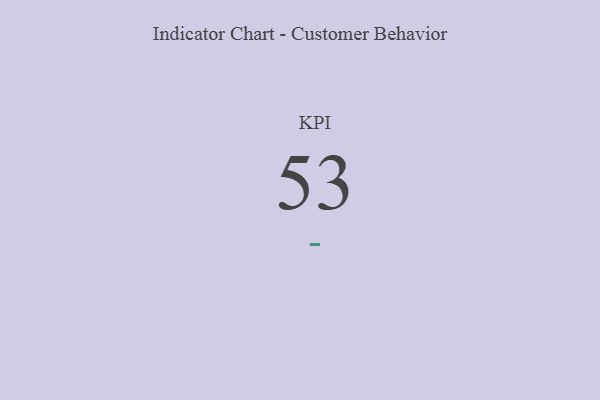
{"axis": {"x": "KPI", "y": "Value"}, "legend": [""], "data": [{"x": "KPI", "y": 53, "type": ""}]}